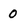
Character: 0